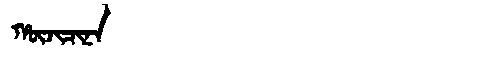
Manchu: ᡥᡡᠵᡳᠴᡳᠨᠠ
Romanization: HŪJICINA